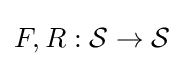
F,R:{\mathcal {S}}\to {\mathcal {S}}